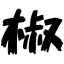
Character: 椒